Scottish Leaving Certificate Examination, 1954
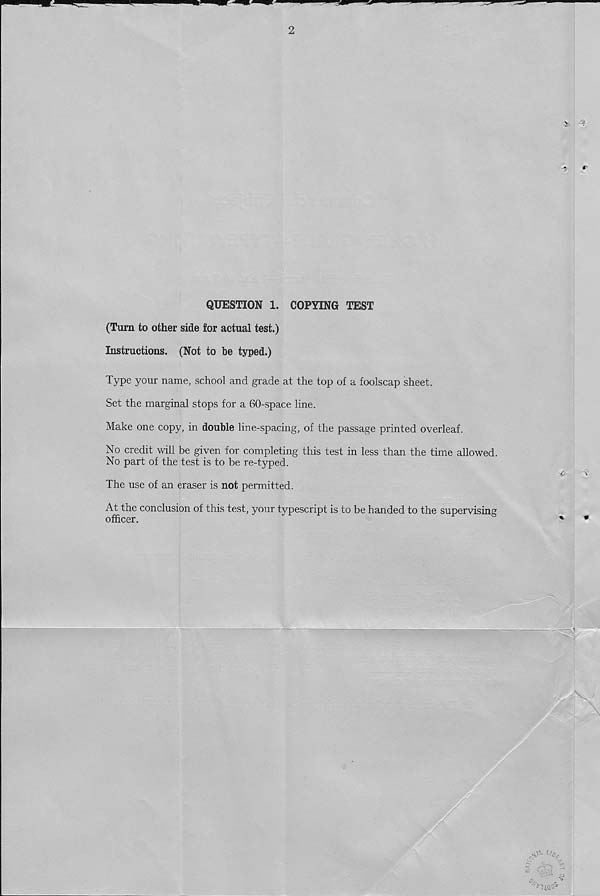
■v
QUESTION 1. COPYING TEST
(Turn to other side for actual test.)
Instructions. (Not to be typed.)
Type your name, school and grade at the top of a foolscap sheet.
Set the marginal stops for a 60-space line.
Make one copy, in double line-spacing, of the passage printed overleaf.
No credit will be given for completing this test in less than the time allowed.
No part of the test is to be re-typed.
The use of an eraser is not permitted.
At the conclusion of this test, your typescript is to be handed to the supervising
officer.
i*
-<